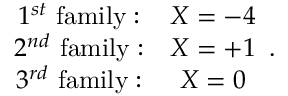
\begin{array} { c c } { { 1 ^ { s t } \ \mathrm { f a m i l y : } } } & { { X = - 4 } } \\ { { 2 ^ { n d } \ \mathrm { f a m i l y : } } } & { { X = + 1 } } \\ { { 3 ^ { r d } \ \mathrm { f a m i l y : } } } & { { X = 0 } } \end{array} .